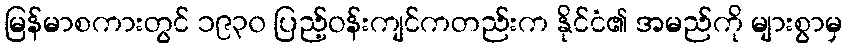
မြန်မာစကားတွင် ၁၉၃၀ ပြည့်ဝန်းကျင်ကတည်းက နိုင်ငံ၏ အမည်ကို များစွာမှ